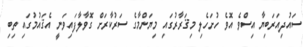
ސައުދިއަރަބިޔާ އިސްވެ އޮވެ ހުށަހެލި މިޤަރާރުގައި މިޔަންމާގެ ސަރުކާރަށް ގޮވާލާފައިވަނީ އެޤައުމުގައި ތިބި